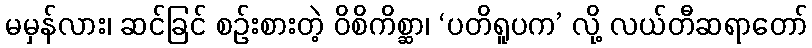
မမှန်လား၊ ဆင်ခြင် စဉ်းစားတဲ့ ဝိစိကိစ္ဆာ၊ ‘ပတိရူပက’ လို့ လယ်တီဆရာတော်